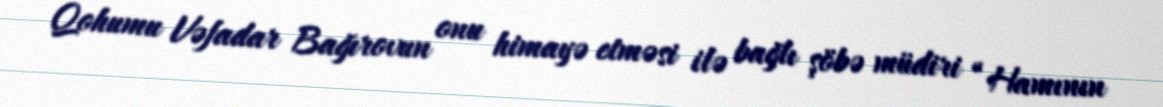
Qohumu Vəfadar Bağırovun onu himayə etməsi ilə bağlı şöbə müdiri “Hamının